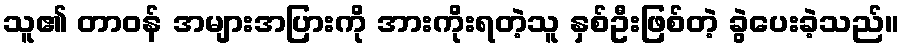
သူ၏ တာဝန် အများအပြားကို အားကိုးရတဲ့သူ နှစ်ဦးဖြစ်တဲ့ ခွဲပေးခဲ့သည်။